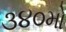
૩૪૦મો